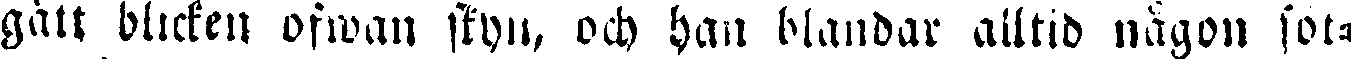
gått blicken ofwan skyn, och han blandar alltid någon sot-